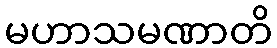
မဟာသမဏာတိ